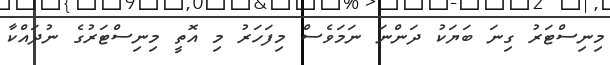
މިނިސްޓަރު ގިނަ ބަޔަކު ދަންނަ ނަމަވެސް މިފަހަރު މި އޮތީ މިނިސްޓަރުގެ ނުދައްކާ